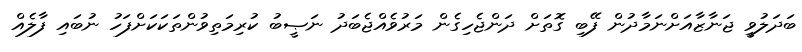
ބަދަލުވީ ޖަނާޒާއަށްނަމާދުން ފޭބި ގޮތަށް ދަންޖެހިގެން މަރުވެއްޖެބަދު ނަޞީބު ކުރިމަތިވުންތަކަކަށްފަހު ނުބައި ފާލެއް